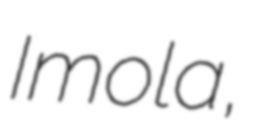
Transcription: Imola,